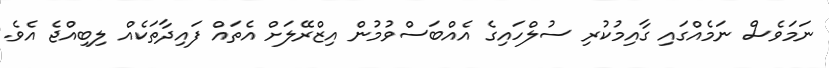
ނަމަވެސް ނަމެއްގައި ގާއިމުކުރި ސުލްހައިގެ އެއްބަސްވުމުން އިޒްރޭލަށް އެތައް ފައިދާތަކެއް ލިބިއްޖެ އެވެ.